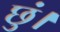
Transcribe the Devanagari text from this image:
छुं।